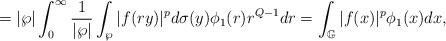
LaTeX: \begin{align*}=|\wp|\int_{0}^{\infty}\frac{1}{|\wp|}\int_{\wp}|f(ry)|^{p}d\sigma(y)\phi_{1}(r)r^{Q-1}dr=\int_{\mathbb{G}}|f(x)|^{p}\phi_{1}(x)dx, \end{align*}